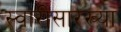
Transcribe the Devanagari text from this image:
स्वारीसारख्या